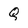
Character: Q